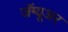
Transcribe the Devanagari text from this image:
जॅग्यूअर